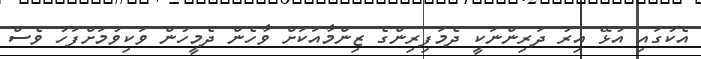
އެކުގައި އުޅޭ އިރު ދަރިންނަކީ ދެމަފިރިންގެ ޒިންމާއަކަށް ވާހެން ދެމީހުން ވަކިވުމަށްފަހު ވެސް